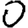
Digit: 0